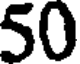
50